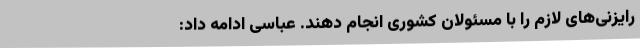
رایزنی‌های لازم را با مسئولان کشوری انجام دهند. عباسی ادامه داد: